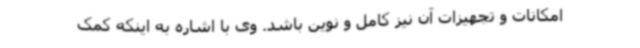
امکانات و تجهیزات آن نیز کامل و نوین باشد. وی با اشاره به اینکه کمک